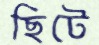
ছিটে